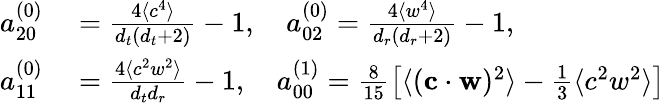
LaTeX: \begin{array}{rl}{{a_{20}^{(0)}}}&{{}=\frac{4\langle c^{4}\rangle}{{d_{t}}({d_{t}}+2)}-1,\quad{a_{02}^{(0)}}=\frac{4\langle w^{4}\rangle}{{d_{r}}({d_{r}}+2)}-1,}\\ {{a_{11}^{(0)}}}&{{}=\frac{4\langle c^{2}w^{2}\rangle}{{d_{t}}{d_{r}}}-1,\quad{a_{00}^{(1)}}=\frac{8}{15}\left[\langle(\mathbf{c}\cdot\mathbf{w})^{2}\rangle-\frac{1}{3}\langle c^{2}w^{2}\rangle\right]}\end{array}